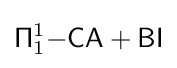
{\mathsf {\Pi }}_{1}^{1}{\mathsf {-CA+BI}}